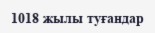
1018 жылы туғандар